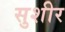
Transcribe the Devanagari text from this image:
सुशीर